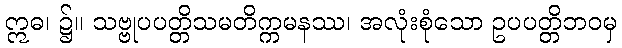
ဣဓ၊ ၌။ သဗ္ဗုပပတ္တိသမတိက္ကမနဿ၊ အလုံးစုံသော ဥပပတ္တိဘဝမှ